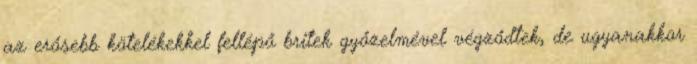
az erősebb kötelékekkel fellépő britek győzelmével végződtek, de ugyanakkor